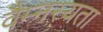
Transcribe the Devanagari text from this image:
वैम्नस्यता